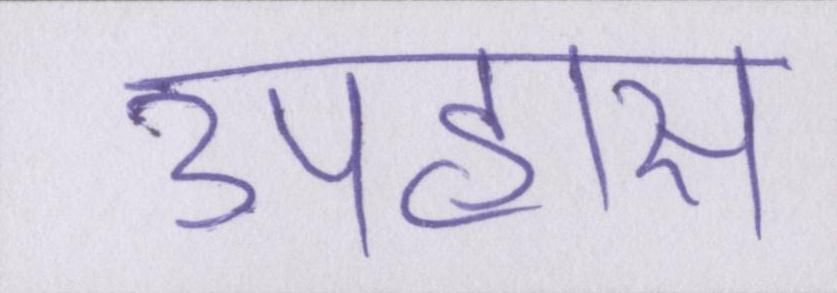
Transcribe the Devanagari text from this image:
उपहास